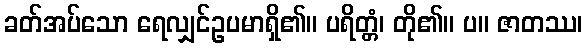
ခတ်အပ်သော ရေလျှင်ဥပမာရှိ၏။ ပရိတ္တံ၊ တို၏။ ပ။ ဇာတဿ၊